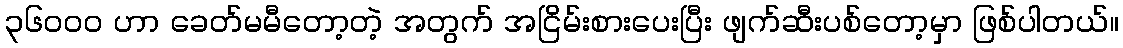
၃၆၀၀၀ ဟာ ခေတ်မမီတော့တဲ့ အတွက် အငြိမ်းစားပေးပြီး ဖျက်ဆီးပစ်တော့မှာ ဖြစ်ပါတယ်။